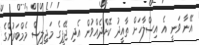
އޭނާ ވަނީ އެ އިސްލާހަށް ތާއީދު ކޮށްދެއްވުން އެދި ޖޭޕީގެ މަޖިލިސް މެމްބަރުންގެ